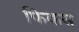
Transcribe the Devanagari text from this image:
फिकस